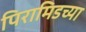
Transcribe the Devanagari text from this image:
पिरामिडच्या